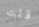
قلت